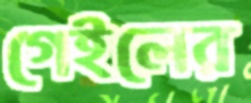
গেইলের